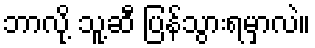
ဘာလို့ သူ့ဆီ ပြန်သွားရမှာလဲ။